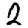
Digit: 2